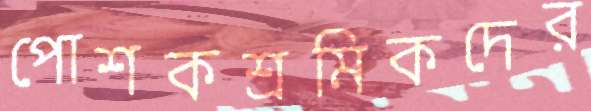
পোশকশ্রমিকদের